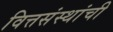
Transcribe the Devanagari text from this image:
वित्तसंस्थांची